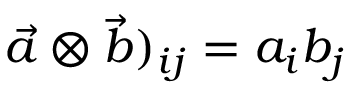
\vec { a } \otimes \vec { b } ) _ { i j } = a _ { i } b _ { j }